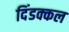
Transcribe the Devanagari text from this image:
दिंडक्कल